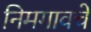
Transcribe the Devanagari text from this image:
निमगावचे